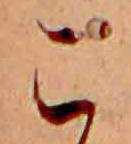
こ